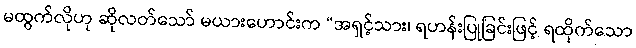
မထွက်လိုဟု ဆိုလတ်သော် မယားဟောင်းက “အရှင့်သား၊ ရဟန်းပြုခြင်းဖြင့် ရထိုက်သော